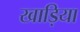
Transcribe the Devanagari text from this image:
खाड़िया